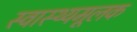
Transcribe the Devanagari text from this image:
स्वास्थ्यमूलक